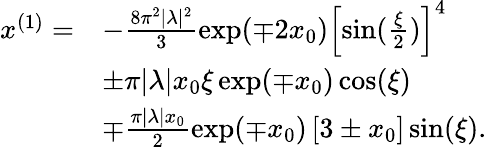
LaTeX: \begin{array}{rl}{x^{(1)}=}&{-\frac{8\pi^{2}|\lambda|^{2}}{3}\exp(\mp 2x_{0})\left[\sin(\frac{\xi}{2})\right]^{4}}\\ &{\pm\pi|\lambda|x_{0}\xi\exp(\mp x_{0})\cos(\xi)}\\ &{\mp\frac{\pi|\lambda|x_{0}}{2}\exp(\mp x_{0})\left[3\pm x_{0}\right]\sin(\xi).}\end{array}